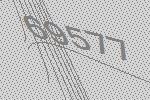
69577